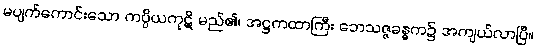
မပျက်ကောင်းသော ကပ္ပိယကုဋိ မည်၏၊ အဋ္ဌကထာကြီး ဘေသဇ္ဇခန္ဓက၌ အကျယ်လာပြီ။